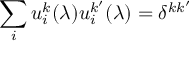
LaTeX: \sum _ { i } u _ { i } ^ { k } ( \lambda ) u _ { i } ^ { k ^ { \prime } } ( \lambda ) = \delta ^ { k k ^ { \prime } }